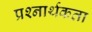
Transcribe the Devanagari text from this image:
प्रश्‍नार्थकता